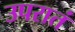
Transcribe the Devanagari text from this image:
उपरातं